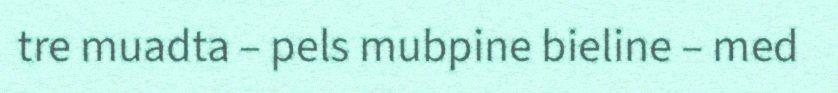
tre muadta – pels mubpine bieline – med